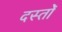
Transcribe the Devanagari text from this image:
दस्तोॅ